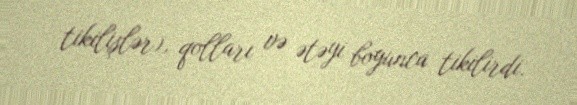
tikilişlər), qolları və ətəyi boyunca tikilirdi.